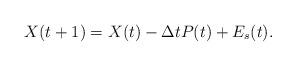
LaTeX: \begin{align*} X(t+1)=X(t)-\Delta tP(t)+E_s(t).\end{align*}